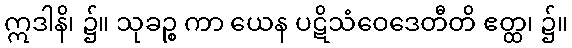
ဣဒါနိ၊ ၌။ သုခဉ္စ ကာ ယေန ပဋိသံဝေဒေတီတိ ဧတ္ထ၊ ၌။